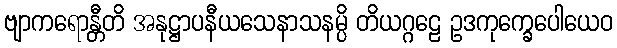
ဗျာကရောန္တီတိ အနုဋ္ဌာပနီယသေနာသနမ္ပိ တိယဂ္ဂဠေ ဥဒကုက္ခေပေါယေဝ